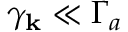
\gamma _ { \textbf k } \ll \Gamma _ { a }